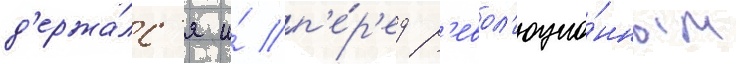
д'ержа́лс'я и́ п'е́р'ед р'евол'юцио́нным